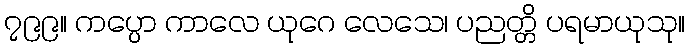
၇၉၉။ ကပ္ပော ကာလေ ယုဂေ လေသေ၊ ပညတ္တိ ပရမာယုသု။